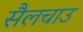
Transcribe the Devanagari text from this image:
सैलचाउ